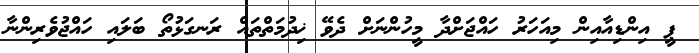
ޕީ އިންޑިއާއިން މިއަހަރު ހައްޖަށްދާ މީހުންނަށް ދެވޭ ޚިދުމަތްތައް ރަނގަޅުތޯ ބަލައި ހައްޖުވެރިންނާ